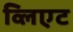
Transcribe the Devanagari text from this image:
व्लिएट